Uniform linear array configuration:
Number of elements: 24
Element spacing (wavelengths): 0.75
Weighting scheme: exponential
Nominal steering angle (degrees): -15
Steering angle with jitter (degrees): -15.662
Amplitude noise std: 0.05
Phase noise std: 0.05

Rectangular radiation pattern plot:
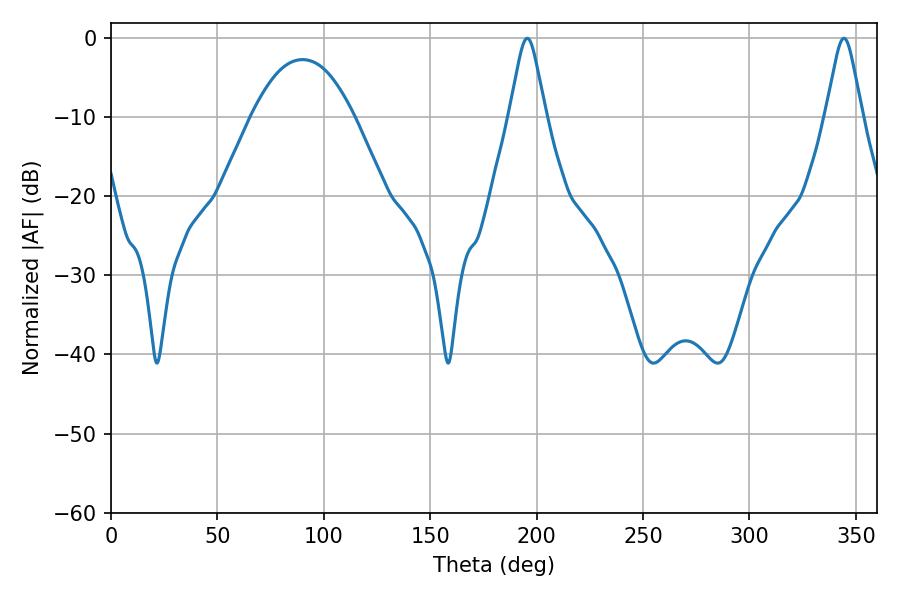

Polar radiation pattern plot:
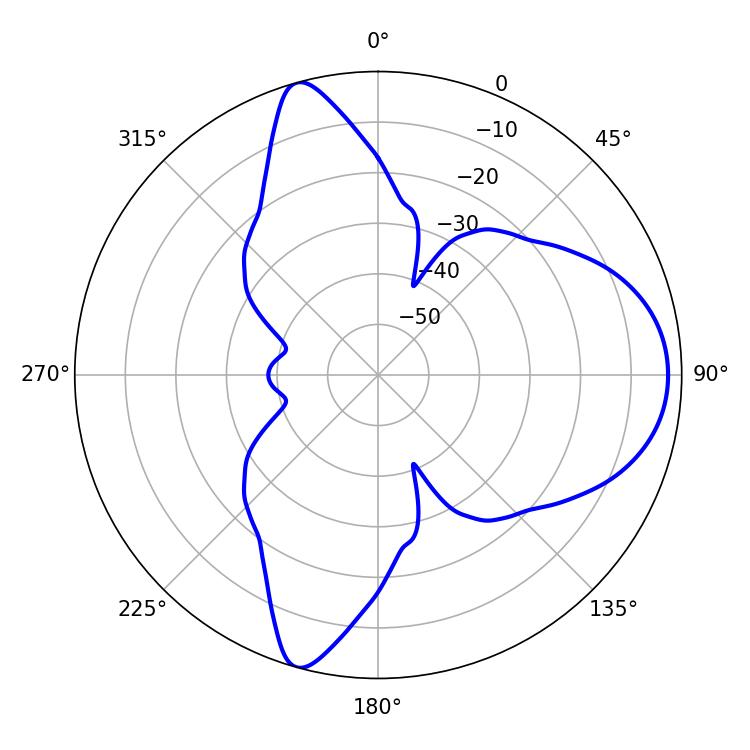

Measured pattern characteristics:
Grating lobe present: TRUE
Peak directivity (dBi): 9.651
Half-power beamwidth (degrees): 8.1
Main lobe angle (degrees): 195.66